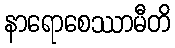
နာရောစေဿာမီတိ